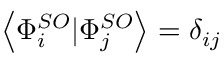
\left\langle \Phi _ { i } ^ { S O } | \Phi _ { j } ^ { S O } \right\rangle = \delta _ { i j }